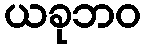
ယခုဘဝ